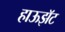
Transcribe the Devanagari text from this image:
हाऊझॅट